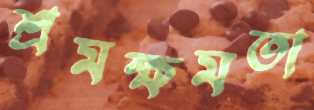
শ্রমক্ষমতা